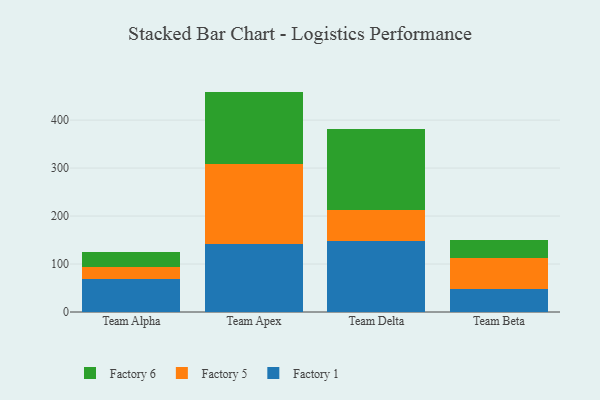
{"axis": {"x": "Team", "y": "Humidity (%)"}, "legend": ["Factory 1", "Factory 5", "Factory 6"], "data": [{"x": "Team Alpha", "y": 69.5, "type": "Factory 1"}, {"x": "Team Alpha", "y": 23.5, "type": "Factory 5"}, {"x": "Team Alpha", "y": 32.1, "type": "Factory 6"}, {"x": "Team Apex", "y": 142.2, "type": "Factory 1"}, {"x": "Team Apex", "y": 166.3, "type": "Factory 5"}, {"x": "Team Apex", "y": 150.9, "type": "Factory 6"}, {"x": "Team Delta", "y": 148.4, "type": "Factory 1"}, {"x": "Team Delta", "y": 64.7, "type": "Factory 5"}, {"x": "Team Delta", "y": 167.7, "type": "Factory 6"}, {"x": "Team Beta", "y": 47.3, "type": "Factory 1"}, {"x": "Team Beta", "y": 64.6, "type": "Factory 5"}, {"x": "Team Beta", "y": 37.7, "type": "Factory 6"}]}